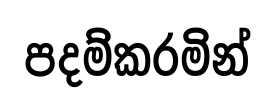
පදම්කරමින්